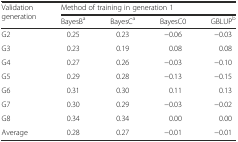
<table><thead><tr><td rowspan="2"><b>Validation generation</b></td><td colspan="4"><b>Method of training in generation 1</b></td></tr><tr><td><b>BayesB<sup>a</sup></b></td><td><b>BayesC<sup>a</sup></b></td><td><b>BayesC0</b></td><td><b>GBLUP<sup>b</sup></b></td></tr></thead><tbody><tr><td>G2</td><td>0.25</td><td>0.23</td><td>−0.06</td><td>−0.03</td></tr><tr><td>G3</td><td>0.23</td><td>0.19</td><td>0.08</td><td>0.08</td></tr><tr><td>G4</td><td>0.27</td><td>0.26</td><td>−0.03</td><td>−0.10</td></tr><tr><td>G5</td><td>0.29</td><td>0.28</td><td>−0.13</td><td>−0.15</td></tr><tr><td>G6</td><td>0.31</td><td>0.30</td><td>0.11</td><td>0.13</td></tr><tr><td>G7</td><td>0.30</td><td>0.29</td><td>−0.03</td><td>−0.02</td></tr><tr><td>G8</td><td>0.34</td><td>0.34</td><td>0.00</td><td>0.00</td></tr><tr><td>Average</td><td>0.28</td><td>0.27</td><td>−0.01</td><td>−0.01</td></tr></tbody></table>